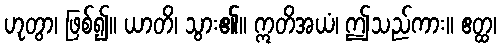
ဟုတွာ၊ ဖြစ်၍။ ယာတိ၊ သွား၏။ ဣတိအယံ၊ ဤသည်ကား။ ဧတ္ထ၊